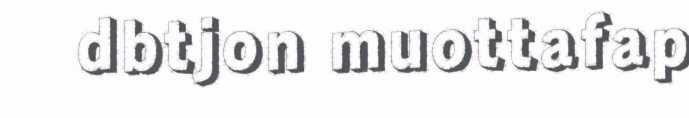
dbtjon muottafap